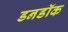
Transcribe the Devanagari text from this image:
डनडॉक